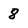
Character: 8